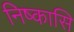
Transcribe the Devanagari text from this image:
निष्कासि